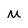
Character: M